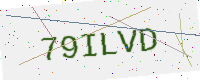
Text: 79ILVD